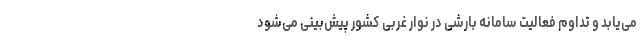
می‌یابد و تداوم فعالیت سامانه بارشی در نوار غربی کشور پیش‌بینی می‌شود